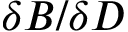
\delta B / \delta D